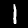
Label: 1